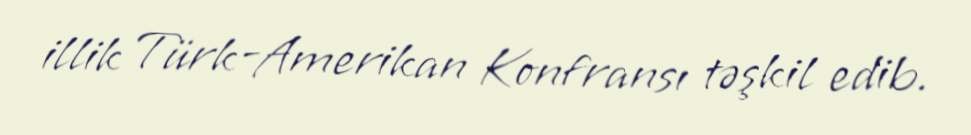
illik Türk-Amerikan Konfransı təşkil edib.